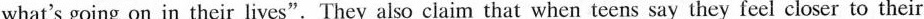
what's going on in their lives".They also claim that when teens say they feel closer to their